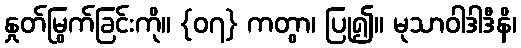
နှုတ်မြွက်ခြင်းကို။ {၀၇} ကတွာ၊ ပြု၍။ မုသာဝါဒါဒီနိ၊